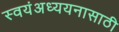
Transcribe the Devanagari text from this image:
स्वयंअध्ययनासाठी